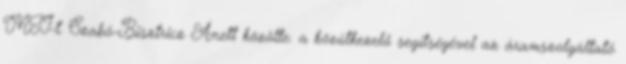
MTI-t. Szabó-Bisztricz Anett közölte: a közútkezelő segítségével az áramszolgáltató